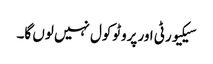
سیکیورٹی اور پروٹوکول نہیں لوں گا۔